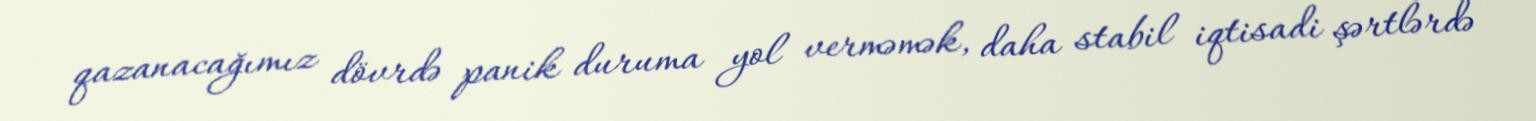
qazanacağımız dövrdə panik duruma yol verməmək, daha stabil iqtisadi şərtlərdə